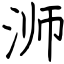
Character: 浉